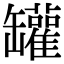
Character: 罐